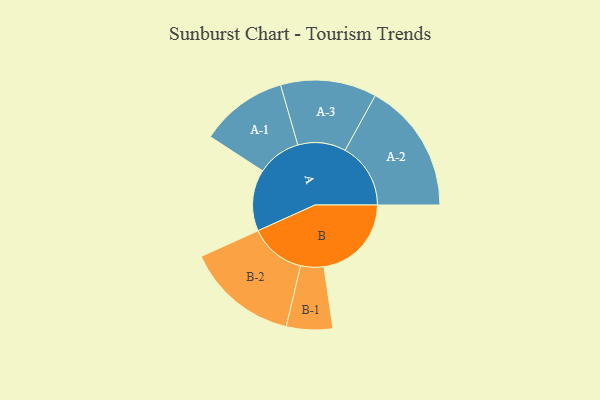
{"axis": {"x": "Segment", "y": "Value"}, "legend": ["", "A", "B"], "data": [{"x": "A", "y": 274, "type": ""}, {"x": "B", "y": 390, "type": ""}, {"x": "A-1", "y": 195, "type": "A"}, {"x": "A-2", "y": 292, "type": "A"}, {"x": "A-3", "y": 214, "type": "A"}, {"x": "B-1", "y": 103, "type": "B"}, {"x": "B-2", "y": 250, "type": "B"}]}